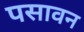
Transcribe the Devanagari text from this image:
पसावन